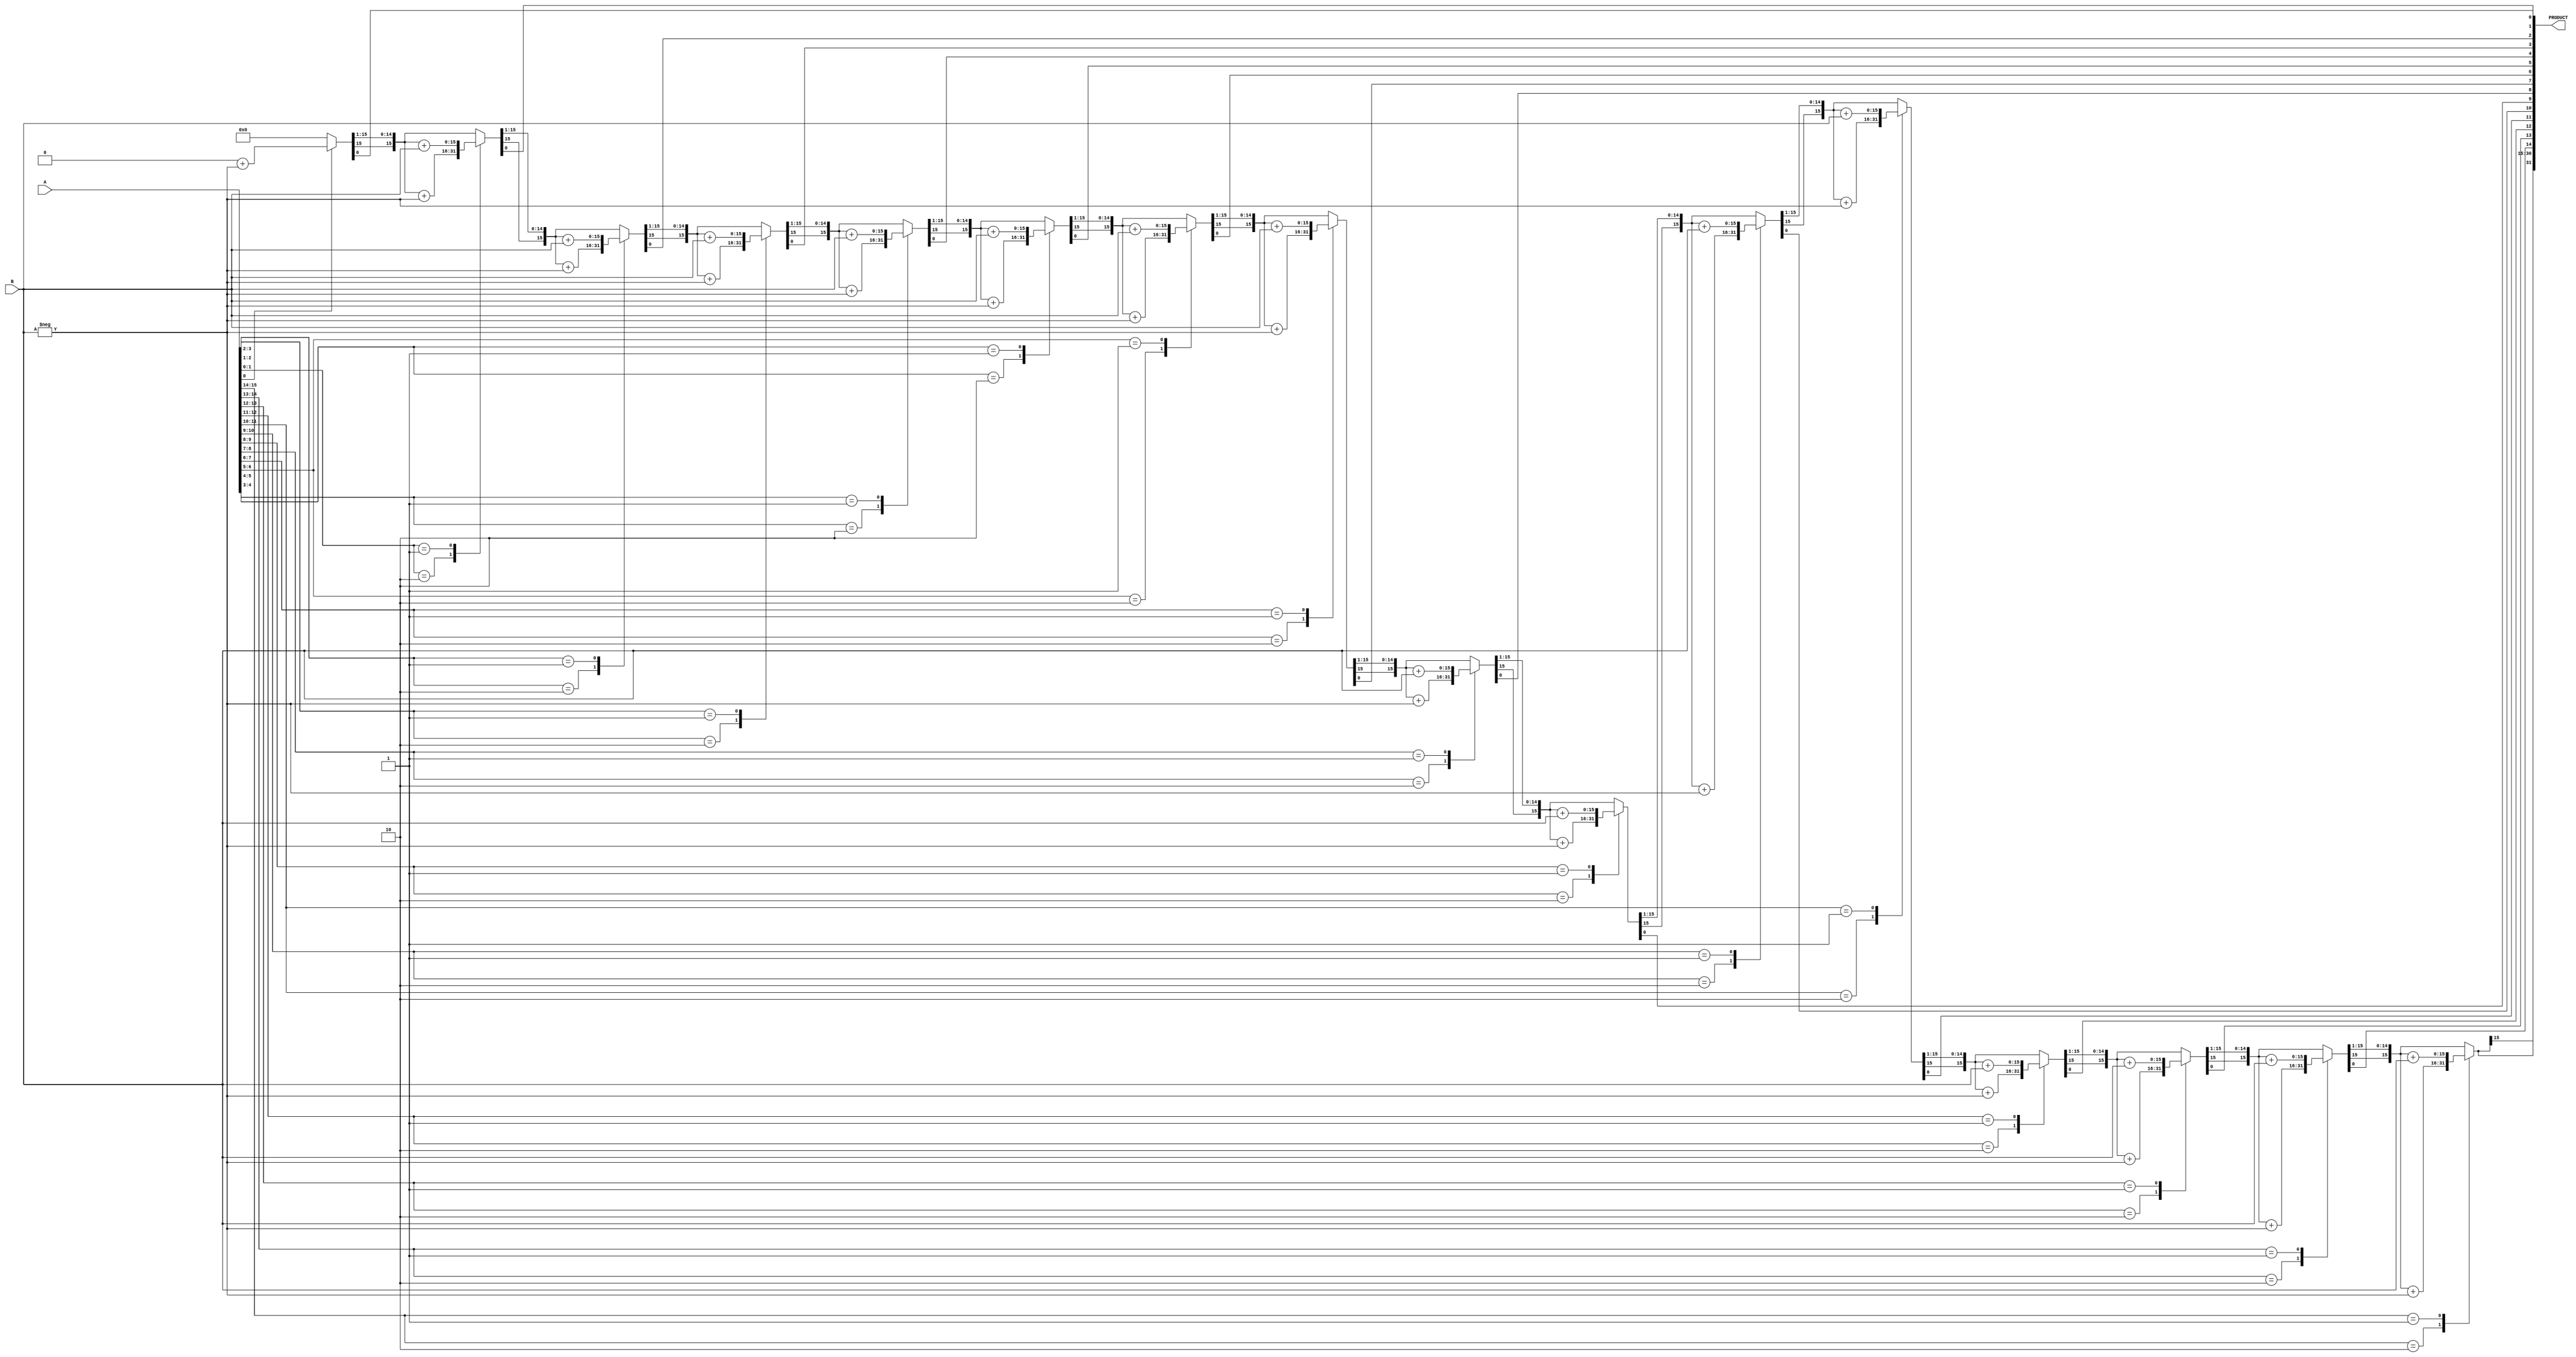
`timescale 1ns / 1ps
//////////////////////////////////////////////////////////////////////////////////
// Company: 
// Engineer: 
// 
// Design Name: 
// Module Name: Booth_multiplier
// Project Name: 
// Target Devices: 
// Tool Versions: 
// Description: 
// 
// Dependencies: 
// 
// Revision:
// Revision 0.01 - File Created
// Additional Comments:
// 
//////////////////////////////////////////////////////////////////////////////////


module booth_multiplier(PRODUCT, A, B);
  parameter N=16;//16-bit
  output reg signed [2*N-1:0] PRODUCT;//32-bit
  input signed [N-1:0] A, B;//each 16-bit
  
  reg [1:0] temp;
  integer i;
  reg e;
  reg [N-1:0] B1;

  always @(A,B)
  begin
    
    PRODUCT = 32'd0;
    e = 1'b0;
    B1 = -B;
    
    for (i=0; i<N; i=i+1)
    begin
      temp = { A[i], e };
      case(temp)
        2'd2 : PRODUCT[2*N-1:N] = PRODUCT[2*N-1:N] + B1;//lets A=011110=>first two 10, here msb=1 assuming -ve, -B it continues till 0 
        2'd1 : PRODUCT[2*N-1:N] = PRODUCT[2*N-1:N] + B; // if 0 comes +B is added it becomes positive else remains -ve
      endcase
      // for radix 4 consider X2i+1,X2i=> here *2 then X2i,X2i-1 here like prev one
      PRODUCT = PRODUCT >> 1;
      PRODUCT[2*N-1] = PRODUCT[2*N-2];
      e=A[i];     
    end
  end
  
endmodule